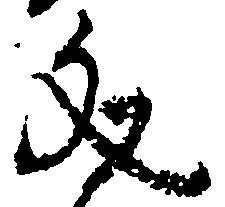
文